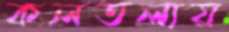
কলতলায়